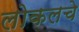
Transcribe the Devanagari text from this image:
लोकलचे